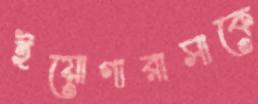
ইয়োগারাসাকে